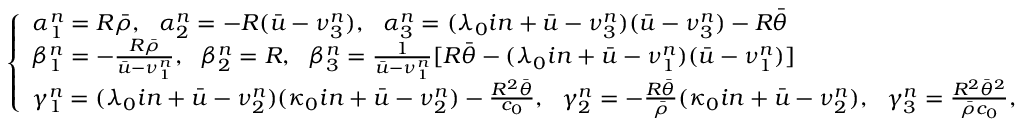
\left\{ \begin{array} { l l } { \alpha _ { 1 } ^ { n } = R \bar { \rho } , \ \ \alpha _ { 2 } ^ { n } = - R ( \bar { u } - \nu _ { 3 } ^ { n } ) , \ \ \alpha _ { 3 } ^ { n } = ( \lambda _ { 0 } i n + \bar { u } - \nu _ { 3 } ^ { n } ) ( \bar { u } - \nu _ { 3 } ^ { n } ) - R \bar { \theta } } \\ { \beta _ { 1 } ^ { n } = - \frac { R \bar { \rho } } { \bar { u } - \nu _ { 1 } ^ { n } } , \ \ \beta _ { 2 } ^ { n } = R , \ \ \beta _ { 3 } ^ { n } = \frac { 1 } { \bar { u } - \nu _ { 1 } ^ { n } } [ R \bar { \theta } - ( \lambda _ { 0 } i n + \bar { u } - \nu _ { 1 } ^ { n } ) ( \bar { u } - \nu _ { 1 } ^ { n } ) ] } \\ { \gamma _ { 1 } ^ { n } = ( \lambda _ { 0 } i n + \bar { u } - \nu _ { 2 } ^ { n } ) ( \kappa _ { 0 } i n + \bar { u } - \nu _ { 2 } ^ { n } ) - \frac { R ^ { 2 } \bar { \theta } } { c _ { 0 } } , \ \ \gamma _ { 2 } ^ { n } = - \frac { R \bar { \theta } } { \bar { \rho } } ( \kappa _ { 0 } i n + \bar { u } - \nu _ { 2 } ^ { n } ) , \ \ \gamma _ { 3 } ^ { n } = \frac { R ^ { 2 } \bar { \theta } ^ { 2 } } { \bar { \rho } c _ { 0 } } , } \end{array} \right.